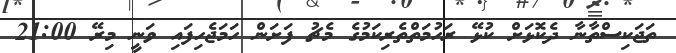
ތަޖަކިސްތާނާ ދެކޮޅަށް ކުޅޭ ރަހުމަތްތެރިކަމުގެ މެޗު ފަށަން ހަމަޖެހިފައި ވަނީ މިރޭ 21:00